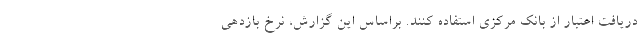
دریافت اعتبار از بانک مرکزی استفاده کنند. براساس این گزارش، نرخ بازدهی